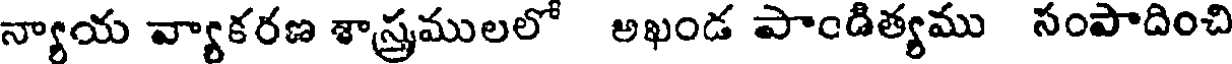
న్యాయ వ్యాకరణ శాస్త్రములలో అఖండ పాండిత్యము సంపాదించి